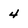
Character: 4